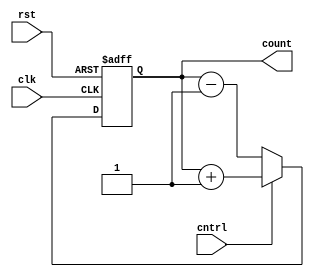

module updowncounter(clk,cntrl,rst,count);
  input clk,cntrl,rst; // if cntrl = 1 , counts UP else DOWN
  output reg [3:0] count;
  always @ (posedge clk, posedge rst)
    begin
      if(rst)
        count <= 0 ;
      else if (cntrl)
         count <= count + 1;
      else 
        count <= count - 1;
    end
endmodule